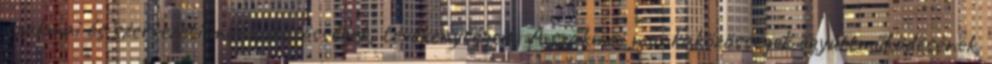
szakmai és szervezeti munkaközösségek, tevékenységeik. A szakmai munkaközösségek együttműködésének,